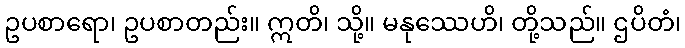
ဥပစာရော၊ ဥပစာတည်း။ ဣတိ၊ သို့။ မနုဿေဟိ၊ တို့သည်။ ဌပိတံ၊